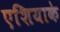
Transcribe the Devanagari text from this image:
एशियाके